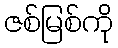
ဇစ်မြစ်ကို